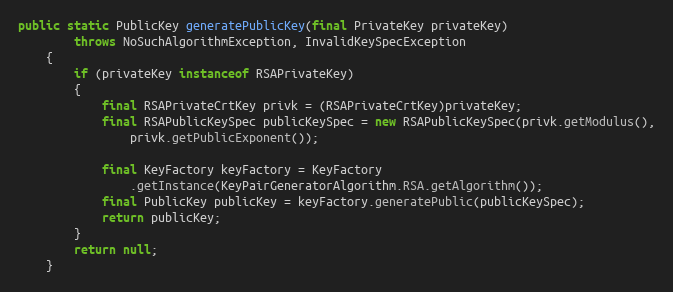
Language: Java
public static PublicKey generatePublicKey(final PrivateKey privateKey)
		throws NoSuchAlgorithmException, InvalidKeySpecException
	{
		if (privateKey instanceof RSAPrivateKey)
		{
			final RSAPrivateCrtKey privk = (RSAPrivateCrtKey)privateKey;
			final RSAPublicKeySpec publicKeySpec = new RSAPublicKeySpec(privk.getModulus(),
				privk.getPublicExponent());

			final KeyFactory keyFactory = KeyFactory
				.getInstance(KeyPairGeneratorAlgorithm.RSA.getAlgorithm());
			final PublicKey publicKey = keyFactory.generatePublic(publicKeySpec);
			return publicKey;
		}
		return null;
	}